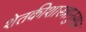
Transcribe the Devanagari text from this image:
शेतकीशास्त्रानुसार